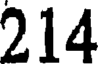
214